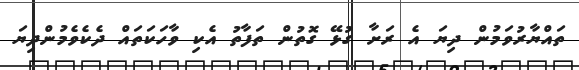
ތައްޔާރުވަމުން ދިޔަ އެ ރަށާ ގުޅޭ ގޮތުން ތަފާތު އެކި ވާހަކަތައް ދެކެވެމުންދިޔަ